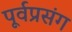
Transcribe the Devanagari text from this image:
पूर्वप्रसंग